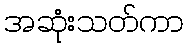
အဆုံးသတ်ကာ